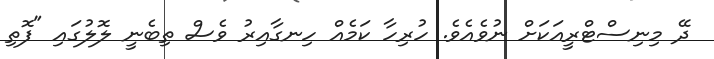
ދޭ މިނިސްޓްރީއަކަށް ނުވެއެވެ. ހުރިހާ ކަމެއް ހިނގާއިރު ވެސް ތިބެނީ ލޮލުގައި "ފޮތި